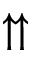
\upuparrows